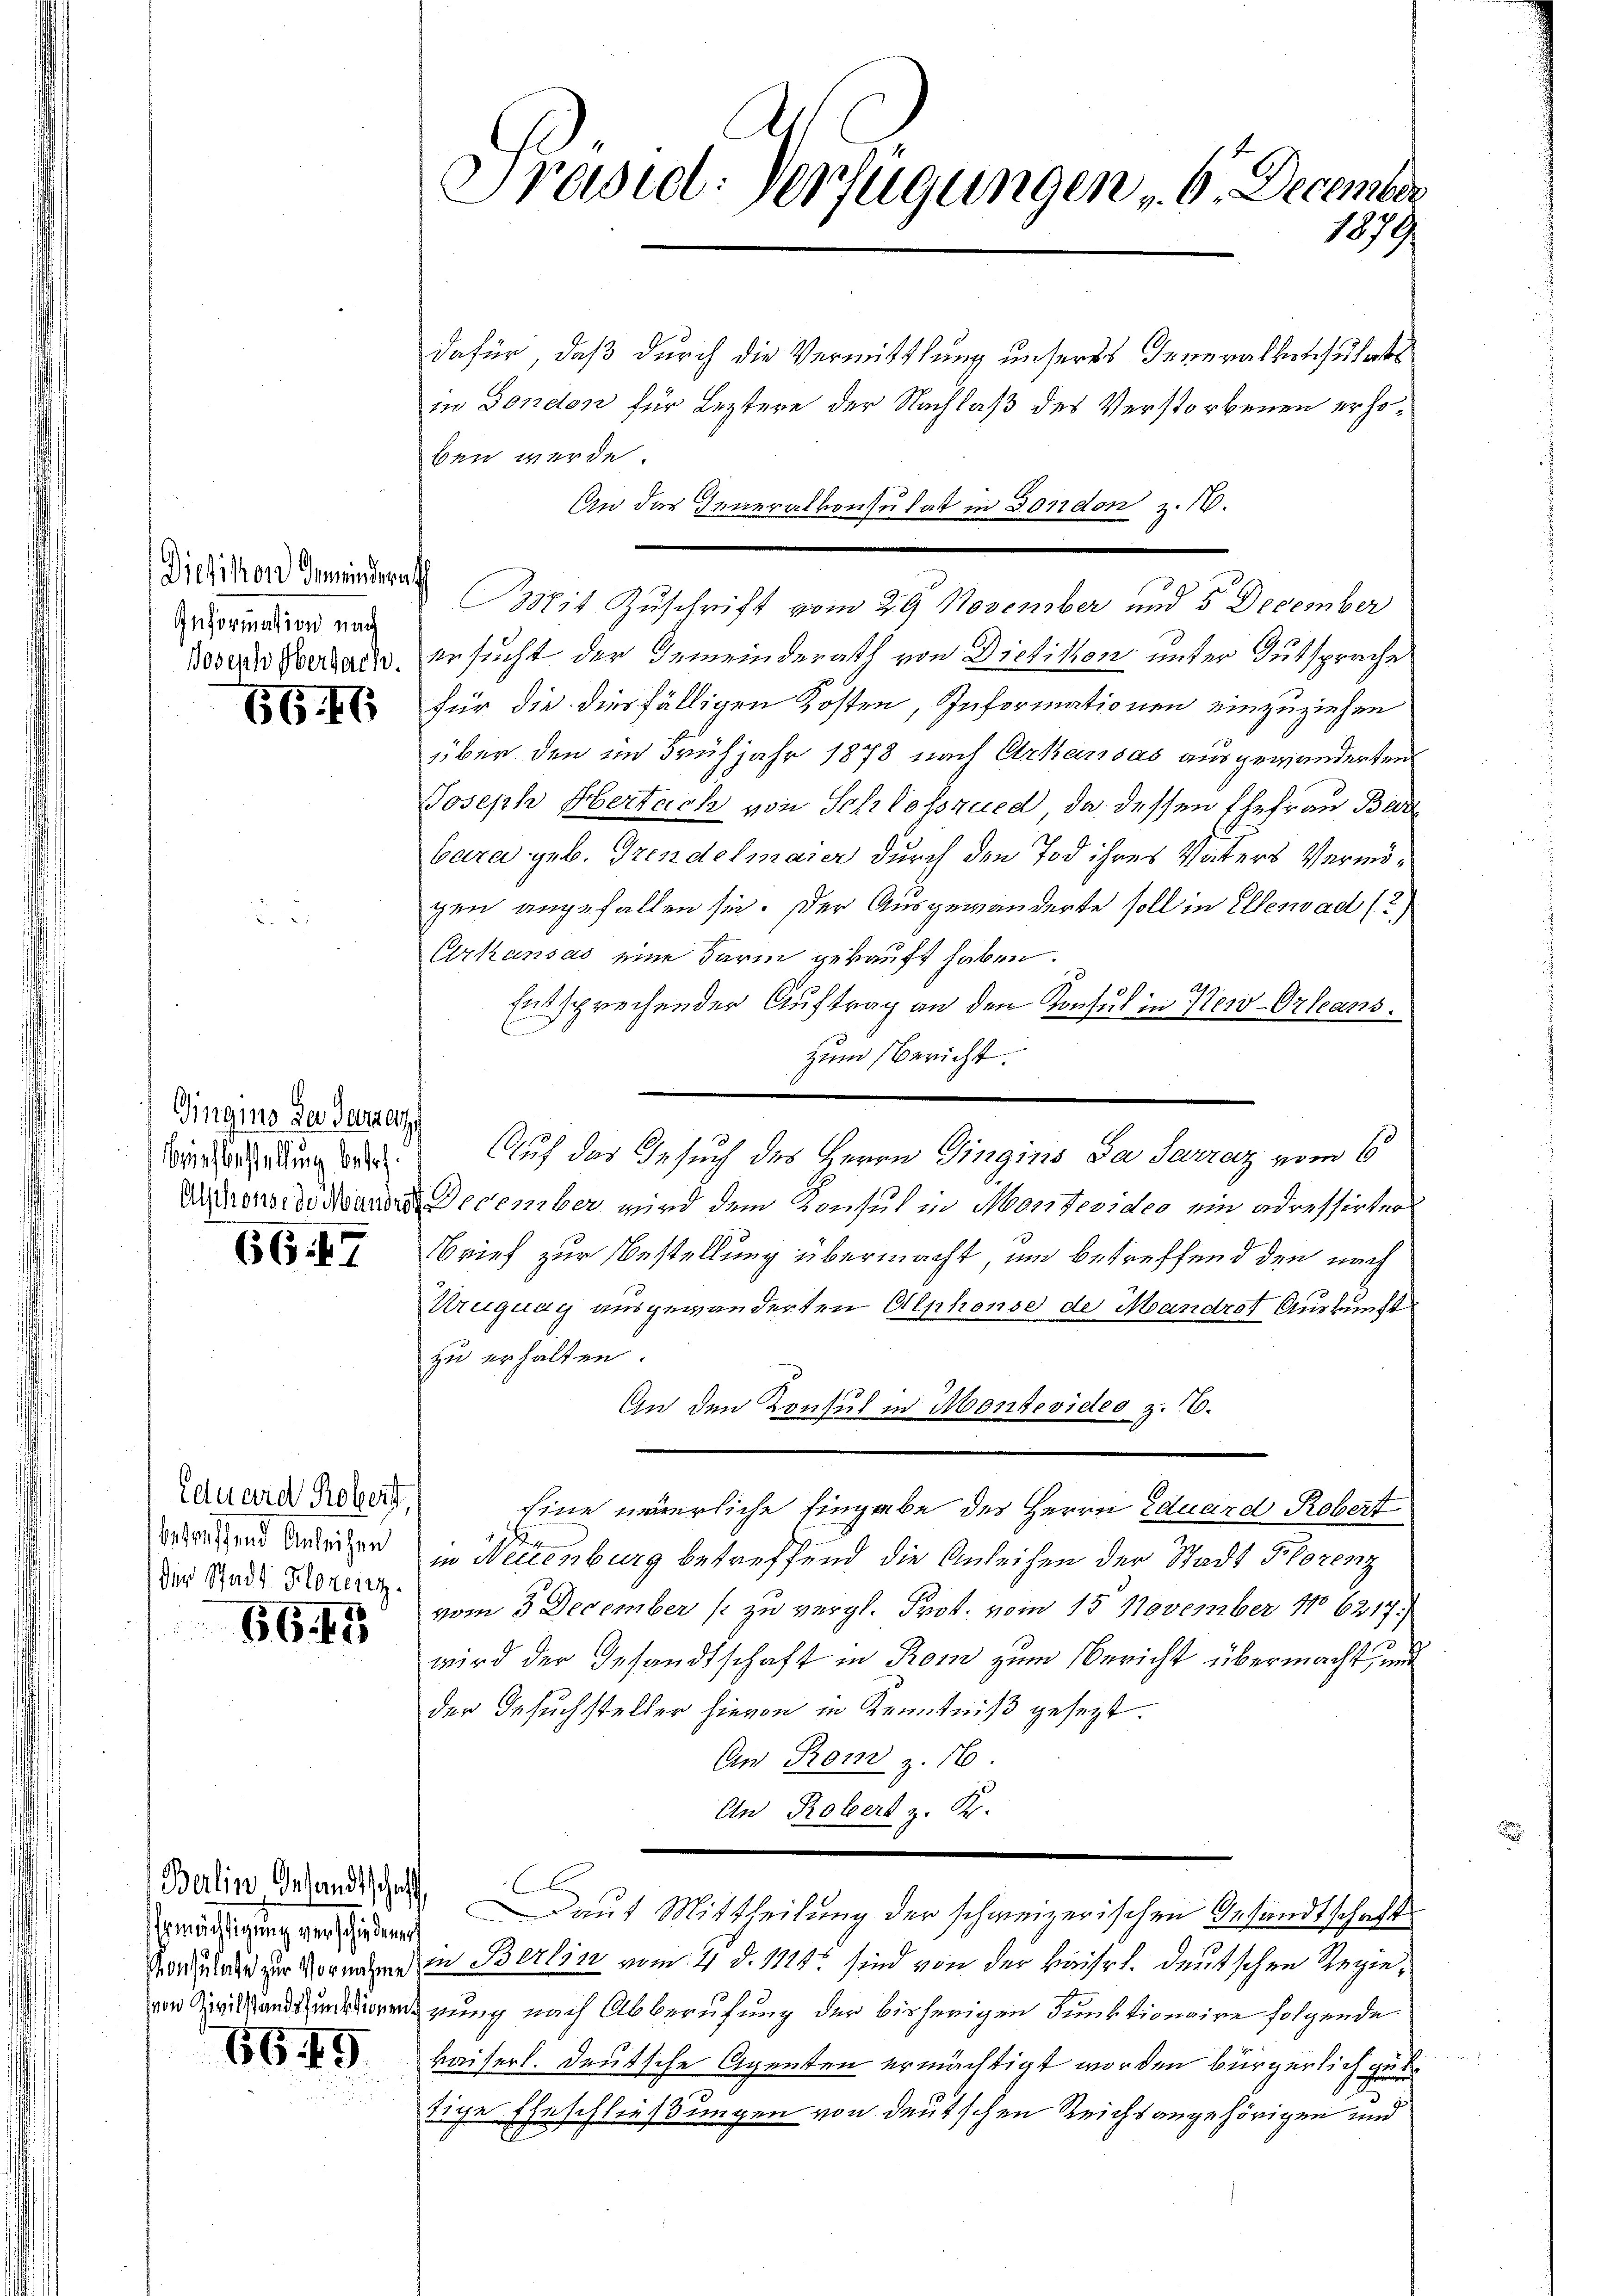
Dietikon Gemeinderath
Information nach

66. 47

Gingino der Gesetz
brich bestellung betr.

6647

Eduard Robert,
betreffend Anleihen
der Stadt Florenz.

6643

emächtigung verschiedenen

6649

Präsiet. Verfügungen 6. December
1879

dafür, daß durch die Vermittlung unseres Inneralversuchets
in London für Leztere der Nachlaß des Verstorbenen erhoben werde.
An das Generalkonsulat in Bondon z. 16.
Bit Zuschrift vom 29 November und 5 December
wogen Verlade, ersucht der Gemeinderath von Dietikon unter Gutsprache
für die diesfälligen Kosten, Informationen einzuziehen
über den im Frühjahr 1878 nach Arkandas ausgewanderten
Joseph Obertach von Schlosszued, da dessen Ehefrau Bad
bara geb. Trendelmaier durch den Tod ihres Vaters Vermögen angefallen sei. Der Ausgewänderte soll in Ellenbad (?)
Urkansas eine darin gekauft haben.
Entsprechender Auftrag an den Konsul in New-Orleans
zum Bericht.
Auf das Gesuch des Herrn Dingins Da Sarraz vom 6
Dienstanden December wird dem Konsul in Montevides ein adressirter
Brief zur Bestellung übermacht, und betreffend den nach
Krugung ausgewänderten Alphonse de Mandest Auskunft
zu erhalten.
An den Konsul in Montevideo z. 16.
Eine neuerliche Eingabe des Herrn Eduard Robert
x
in Neuenburg betreffend die Anleihen der Stadt Florenz
vom 3 December 1 zu vergl. Prot. vom 15. November 186217.)
wird der Gesandtschaft in Rom zum Bericht übermacht, und
der Gesuchsteller hievon in Kenntniß gesezt.
An Rond z. 16
An Robert z. K.
Berein Gesandten, aut Mittheilung der schweizerischen Gesandtschafts
Koche zur Vornahme in Berlin vom 4. d. 1124. sind von der Kaiserl. deutschen Regierung nach Abberufung der bisherigen Punktionaire folgende
kaiserl. Deutsche Agenten ermächtigt worden bürgerlich gute
stige Eheschließungen von deutschen Reichsangehörigen und